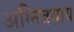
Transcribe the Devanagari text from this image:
अग्नित्रयाय